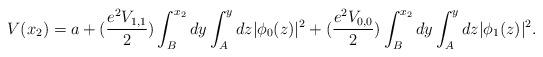
LaTeX: \begin{align*}V(x_2)=a+(\frac{e^2V_{1,1}}{2})\int_B^{x_2} dy \int_A^y dz|\phi_0(z)|^2+(\frac{e^2V_{0,0}}{2})\int_B^{x_2} dy \int_A^y dz|\phi_1(z)|^2.\end{align*}